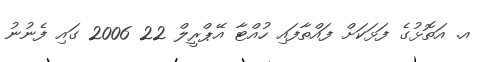
އ. އަތޮޅުގެ ފަޅަކަށް ފައްތާފައި ހުއްޓާ އޭޕްރީލް 22 2006 ގައި ފެނުނު